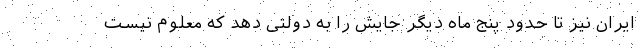
ایران نیز تا حدود پنج ماه دیگر جایش را به دولتی دهد که معلوم نیست